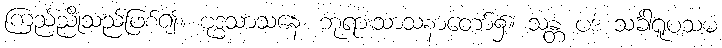
ကြည်ညိုသည်ဖြစ်၍။ ဗုဒ္ဓသာသနေ၊ ဘုရားသာသနာတော်၌။ သန္တံ ပဒံ သင်္ခါရူပသမံ